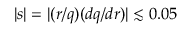
| s | = | ( r / q ) ( d q / d r ) | \lesssim 0 . 0 5